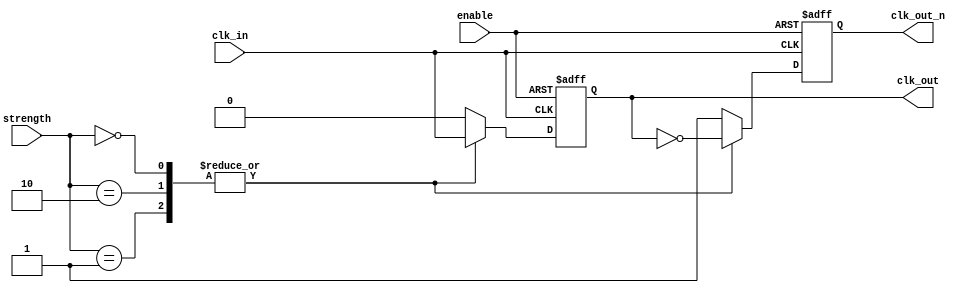
module LowPowerClockBuffer (
    input  wire       clk_in,       // Input clock signal
    input  wire       enable,       // Enable signal
    input  wire [1:0] strength,     // Output strength control (00 = low, 01 = medium, 10 = high)
    output reg        clk_out,      // Single-ended output
    output reg        clk_out_n     // Differential output (inverted)
);

    // Internal states
    reg [1:0] current_strength; 

    // Sensitivity list for clock buffering
    always @(posedge clk_in or negedge enable) begin
        if (!enable) begin
            clk_out <= 1'b0;        // disable output when enable is low
            clk_out_n <= 1'b1;      // keep the inverted output in stable state
        end else begin
            case (strength)
                2'b00: begin
                    // Low drive strength logic
                    clk_out <= clk_in;     // Simple tracking for demonstration
                    clk_out_n <= ~clk_out; // Differential output
                end
                2'b01: begin
                    // Medium drive strength (example logic)
                    clk_out <= clk_in;     // Simple tracking with minimal delay
                    clk_out_n <= ~clk_out; // Differential output
                end
                2'b10: begin
                    // High drive strength (example logic)
                    clk_out <= clk_in;     // Direct tracking, no additional delay
                    clk_out_n <= ~clk_out; // Differential output
                end
                default: begin
                    clk_out <= 1'b0;        // Fallback state
                    clk_out_n <= 1'b1;      
                end
            endcase
        end
    end

endmodule